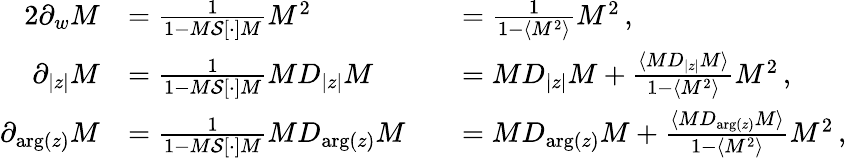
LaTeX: \begin{array}{rlrl}{{2}\partial_{w}M}&{=\frac{1}{1-M\mathcal{S}[\cdot]M}M^{2}}&&{=\frac{1}{1-\langle M^{2}\rangle}M^{2}\, ,}\\ {\partial_{|z|}M}&{=\frac{1}{1-M\mathcal{S}[\cdot]M}MD_{|z|}M}&&{=MD_{|z|}M+\frac{\langle MD_{|z|}M\rangle}{1-\langle M^{2}\rangle}M^{2}\, ,}\\ {\partial_{\arg(z)}M}&{=\frac{1}{1-M\mathcal{S}[\cdot]M}MD_{\arg(z)}M}&&{=MD_{\arg(z)}M+\frac{\langle MD_{\arg(z)}M\rangle}{1-\langle M^{2}\rangle}M^{2}\, ,}\end{array}